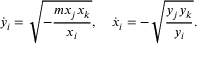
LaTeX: \dot { y } _ { i } = \sqrt { - { \frac { m x _ { j } x _ { k } } { x _ { i } } } } , \quad \dot { x } _ { i } = - \sqrt { { \frac { y _ { j } y _ { k } } { y _ { i } } } } .